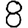
Digit: 8